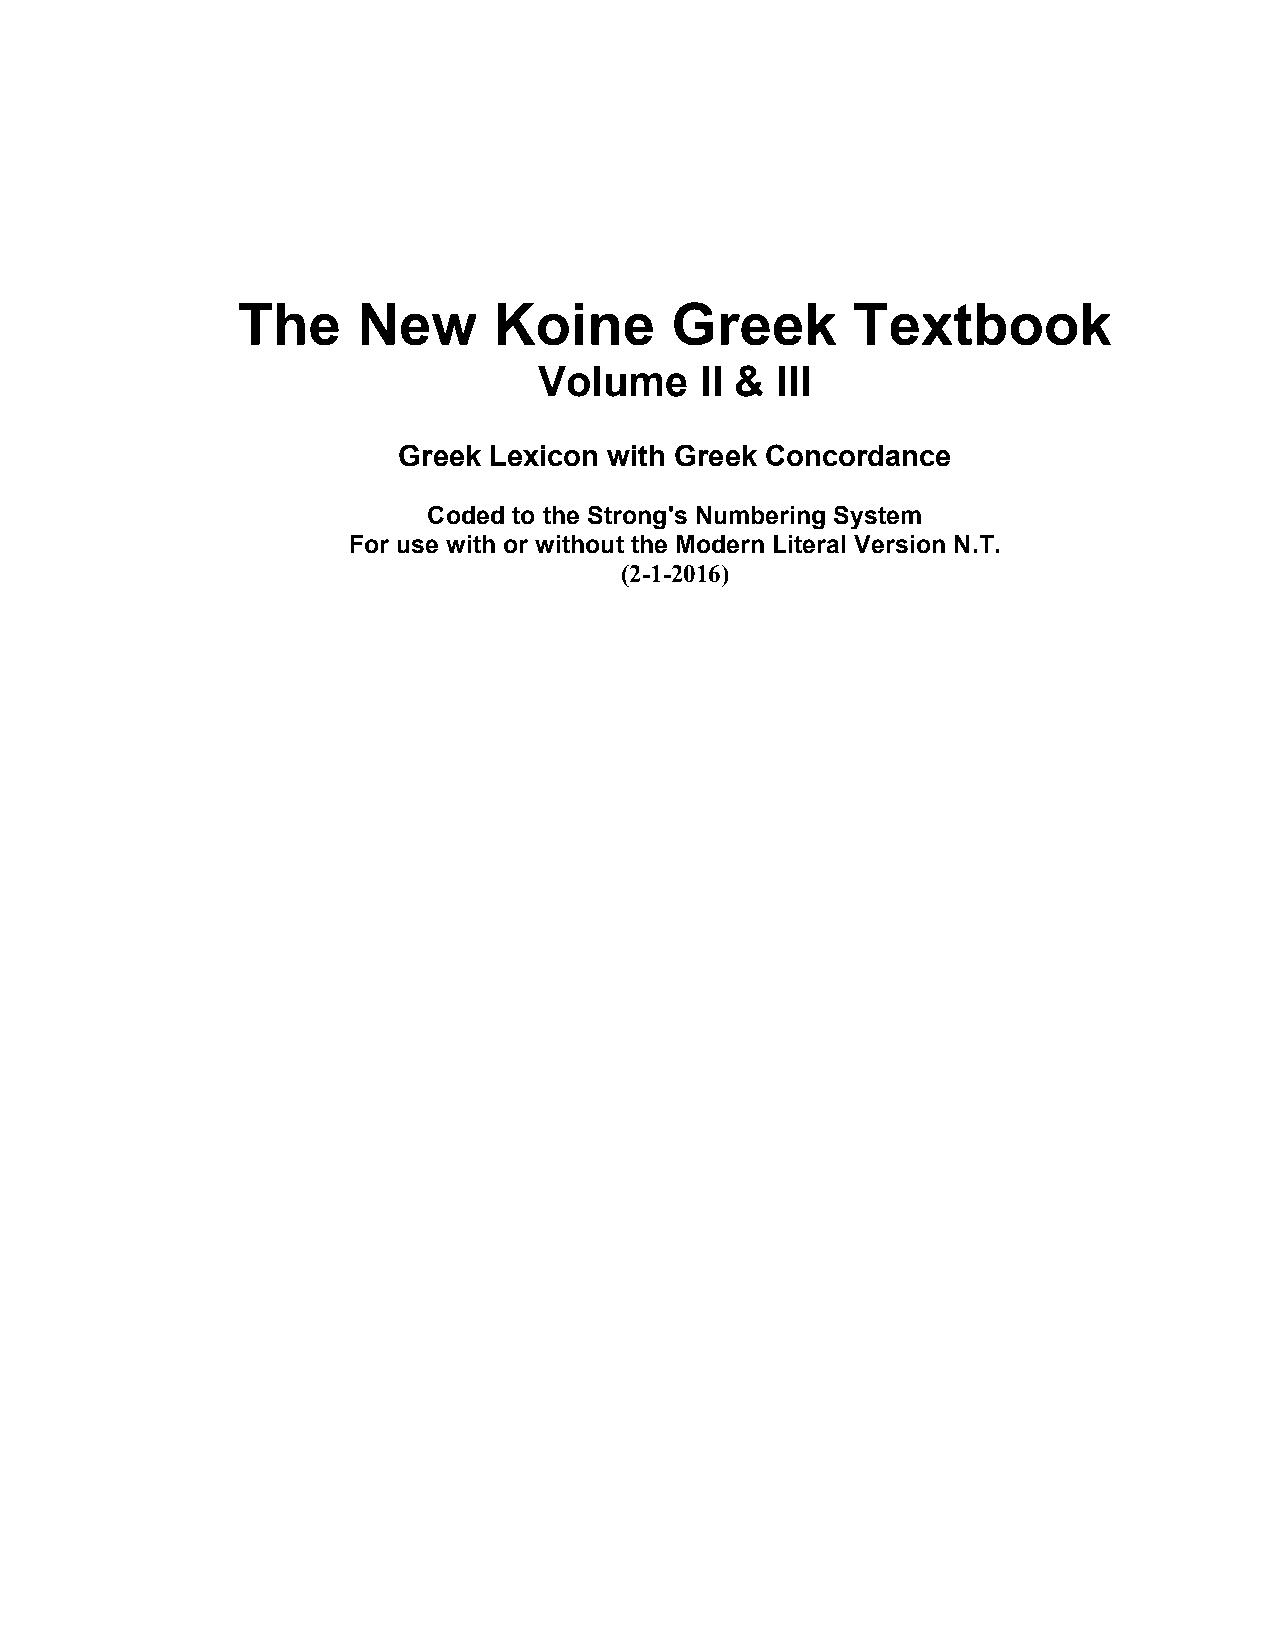
The     New      Koine      Greek       Textbook
 Volume    II & III
 Greek Lexicon with Greek Concordance
 Coded to the Strong's Numbering System
 For use with or without the Modern Literal Version N.T.
 (2-1-2016)